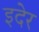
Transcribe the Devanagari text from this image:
इदेर